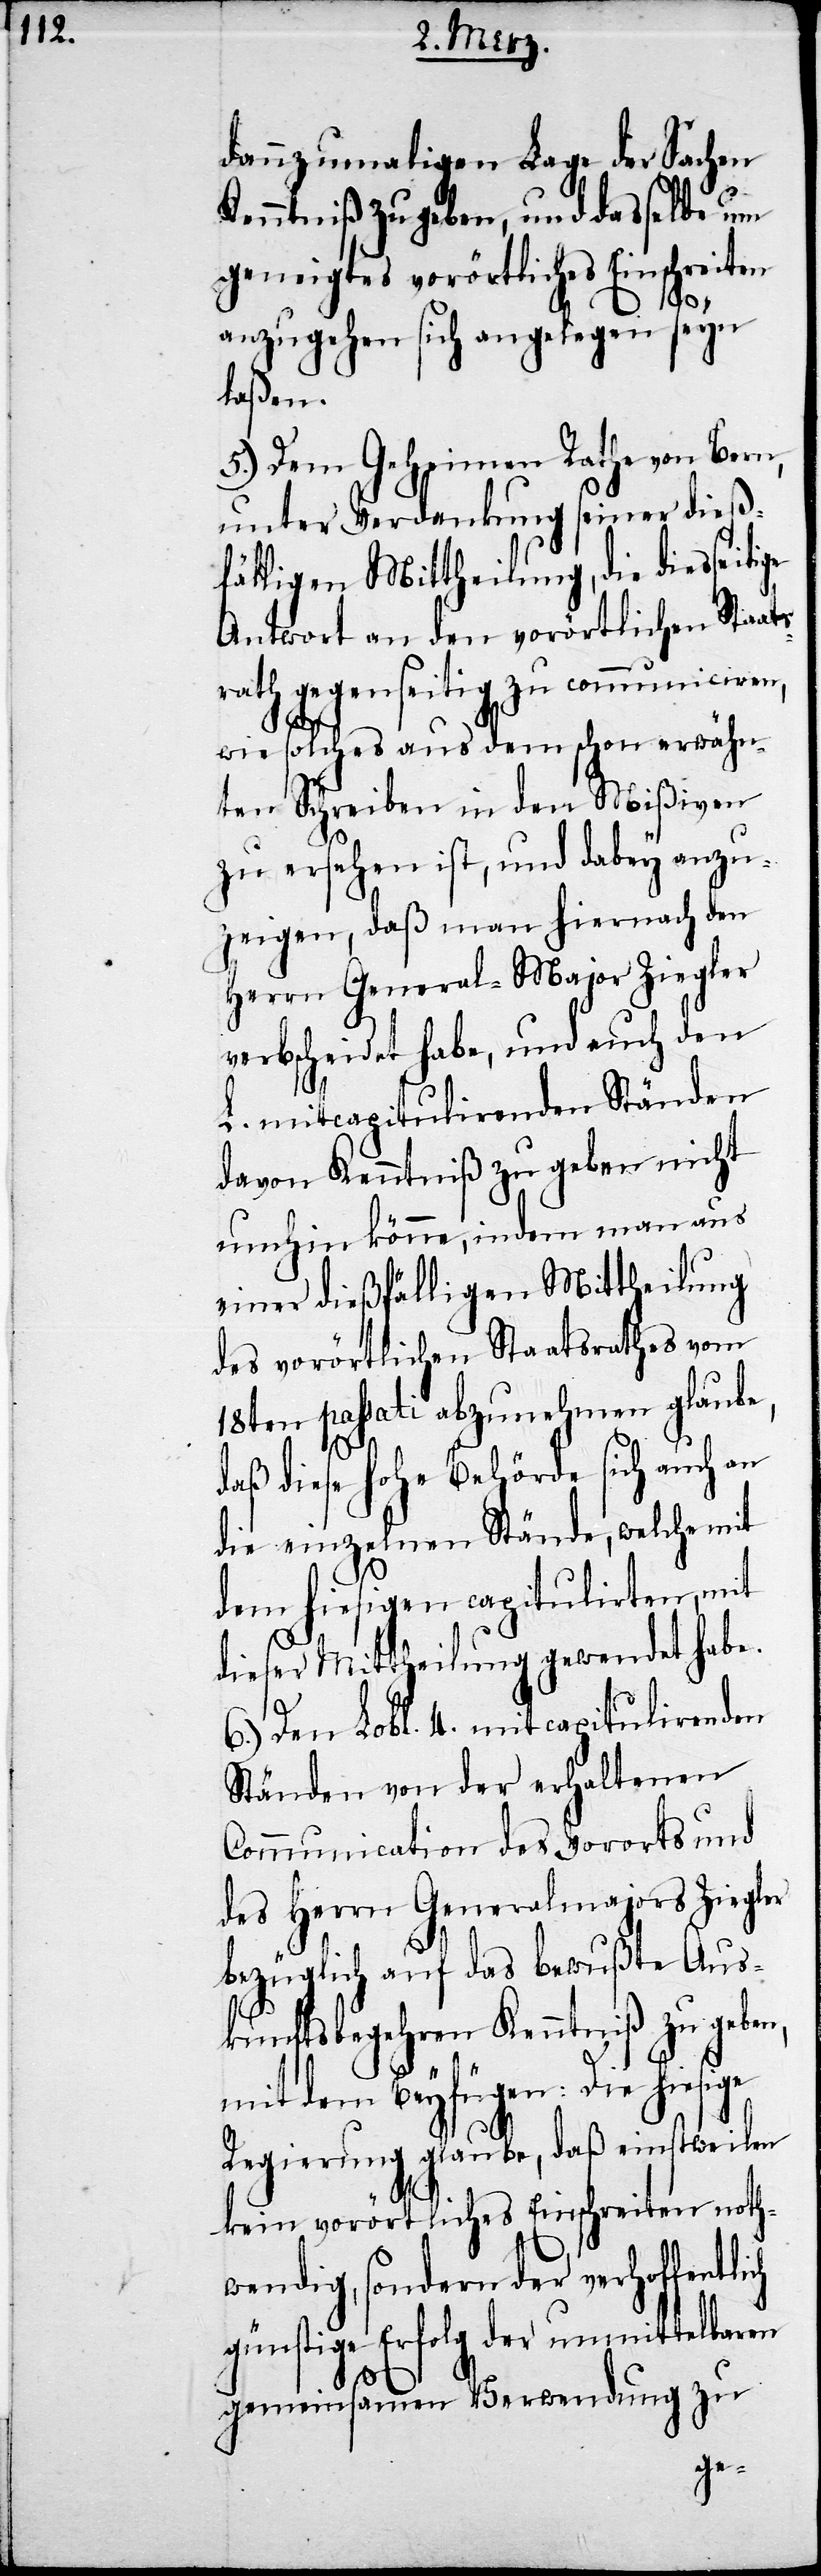
dannzumaligen Lage der Sachen
Kenntniß zu geben, und dasselbe um
geneigtes vorörtliches Einschreiten
anzugehen sich angelegen seyn
laßen.
5.) Dem Geheimen Rathe von Bern,
unter Verdankung seiner dieß¬
fälligen Mittheilung, die diesseit¬
Antwort an den vorörtlichen Staat¬
srath gegenseitig zu communiciren,
ich
wie solches aus dem schon erwähn¬
ten Schreiben in den Mißiven
zu ersehen ist, und dabey anzu¬
zeigen, daß man hiernach den
Herrn General-Major Ziegler
verbscheidet habe, und auch den
mitcapitulirenden Ständen
davon Kenntniß zu geben nicht
umhin könne, indem man aus
einer dießfälligen Mittheilung
des vorörtlichen Staatsrathes vom
18ten passati abzunehmen glaube,
daß diese hohe Behörde sich auch an
die einzelnen Stände, welche mit
dem hiesigen capitulirten, mit
dieser Mittheilung gewendet habe.
6.) Den Lobl. 4. mit capitulirenden
Ständen von der erhaltenen
Communication des Vororts und
des Herrn Generalmajors Ziegler
bezüglich auf das bewußte Aus¬
kunftsbegehren Kenntniß zu geben,
mit dem Beyfügen: Die hiesige
Regierung glaube, daß einstweilen
kein vorörtliches Einschreiten noth¬
wendig, sondern der verhoffentl¬
günstige Erfolg der unmittelbaren
gemeinsamen Verwendung zu